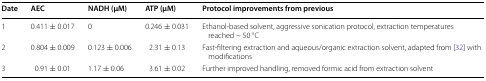
| Date | AEC | NADH (μM) | ATP (μM) | Protocol improvements from previous |
 | --- | --- | --- | --- | --- |
 | 1 | 0.411 ± 0.017 | 0 | 0.246 ± 0.031 | Ethanol-based solvent, aggressive sonication protocol, extraction temperatures reached ~ 50 °C |
 | 2 | 0.804 ± 0.009 | 0.123 ± 0.006 | 2.31 ± 0.13 | Fast-filtering extraction and aqueous/organic extraction solvent, adapted from [32] with modifications |
 | 3 | 0.91 ± 0.01 | 1.17 ± 0.06 | 3.61 ± 0.02 | Further improved handling, removed formic acid from extraction solvent |